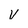
Character: V